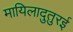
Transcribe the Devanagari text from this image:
मायिलादुतुरई